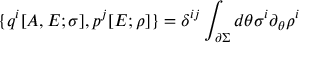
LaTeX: \{ q ^ { i } [ A , E ; \sigma ] , p ^ { j } [ E ; \rho ] \} = \delta ^ { i j } \int _ { \partial \Sigma } d \theta \sigma ^ { i } \partial _ { \theta } \rho ^ { i }